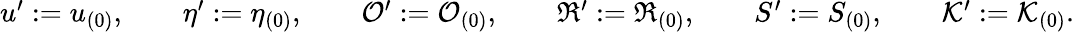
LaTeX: \begin{array}{r}{u^{\prime}:=u_{(0)},\qquad\eta^{\prime}:=\eta_{(0)},\qquad\mathcal{O}^{\prime}:=\mathcal{O}_{(0)},\qquad\mathfrak{R}^{\prime}:=\mathfrak{R}_{(0)},\qquad S^{\prime}:=S_{(0)},\qquad\mathcal{K}^{\prime}:=\mathcal{K}_{(0)}.}\end{array}